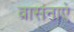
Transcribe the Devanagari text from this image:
वासनाएं